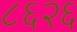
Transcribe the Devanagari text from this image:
८६२६